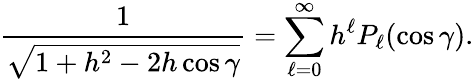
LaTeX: {\frac{1}{\sqrt{1+h^{2}-2h\cos\gamma}}}=\sum_{\ell=0}^{\infty}h^{\ell}P_{\ell}(\cos\gamma).